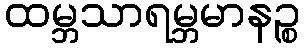
ထမ္ဘသာရမ္ဘမာနဉ္စ